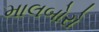
માલબોરો